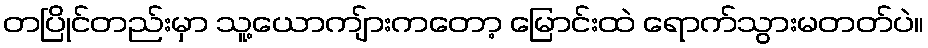
တပြိုင်တည်းမှာ သူ့ယောကျ်ားကတော့ မြောင်းထဲ ရောက်သွားမတတ်ပဲ။